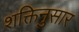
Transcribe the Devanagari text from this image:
शक्तिनुसार